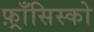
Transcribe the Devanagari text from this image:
फ़्राँसिस्को